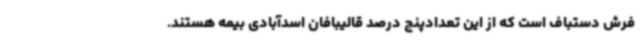
فرش دستباف است که از این تعدادپنج درصد قالیبافان اسدآبادی بیمه هستند.